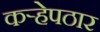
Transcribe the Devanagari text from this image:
कऱ्हेपठार